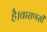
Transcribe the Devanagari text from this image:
है।वाराणसी